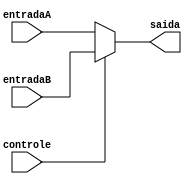
/*
 Alunos: Washington Pagotto Batista, Pedro kenndy e Ivan Rios
 Universidade Estadual de Feira de Santana 2017.1
 TEC499 - MI - Sistemas Digitais

 Modulo: Mux_2-1.v
 Descrio: Modulo criado para escolher um determinada saida, determinado como MUX
 Entradas:
    entradaA: 32-bit value
    entradaB: 32-bit value
	Controle: 1 bit
 Saida:
    C: entradaA ou entradaB
*/

module Mux2_1(
        input [31:0] entradaA,
        input [31:0] entradaB,
        input controle,
        output reg [31:0] saida
);

  always @(*) begin

      if (~controle)
        saida <= entradaA;

      else
        saida <= entradaB;

    end


endmodule